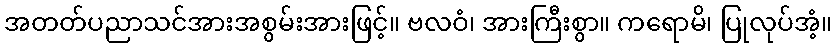
အတတ်ပညာသင်အားအစွမ်းအားဖြင့်။ ဗလဝံ၊ အားကြီးစွာ။ ကရောမိ၊ ပြုလုပ်အံ့။